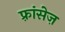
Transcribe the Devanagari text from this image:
फ़्रांसेज़